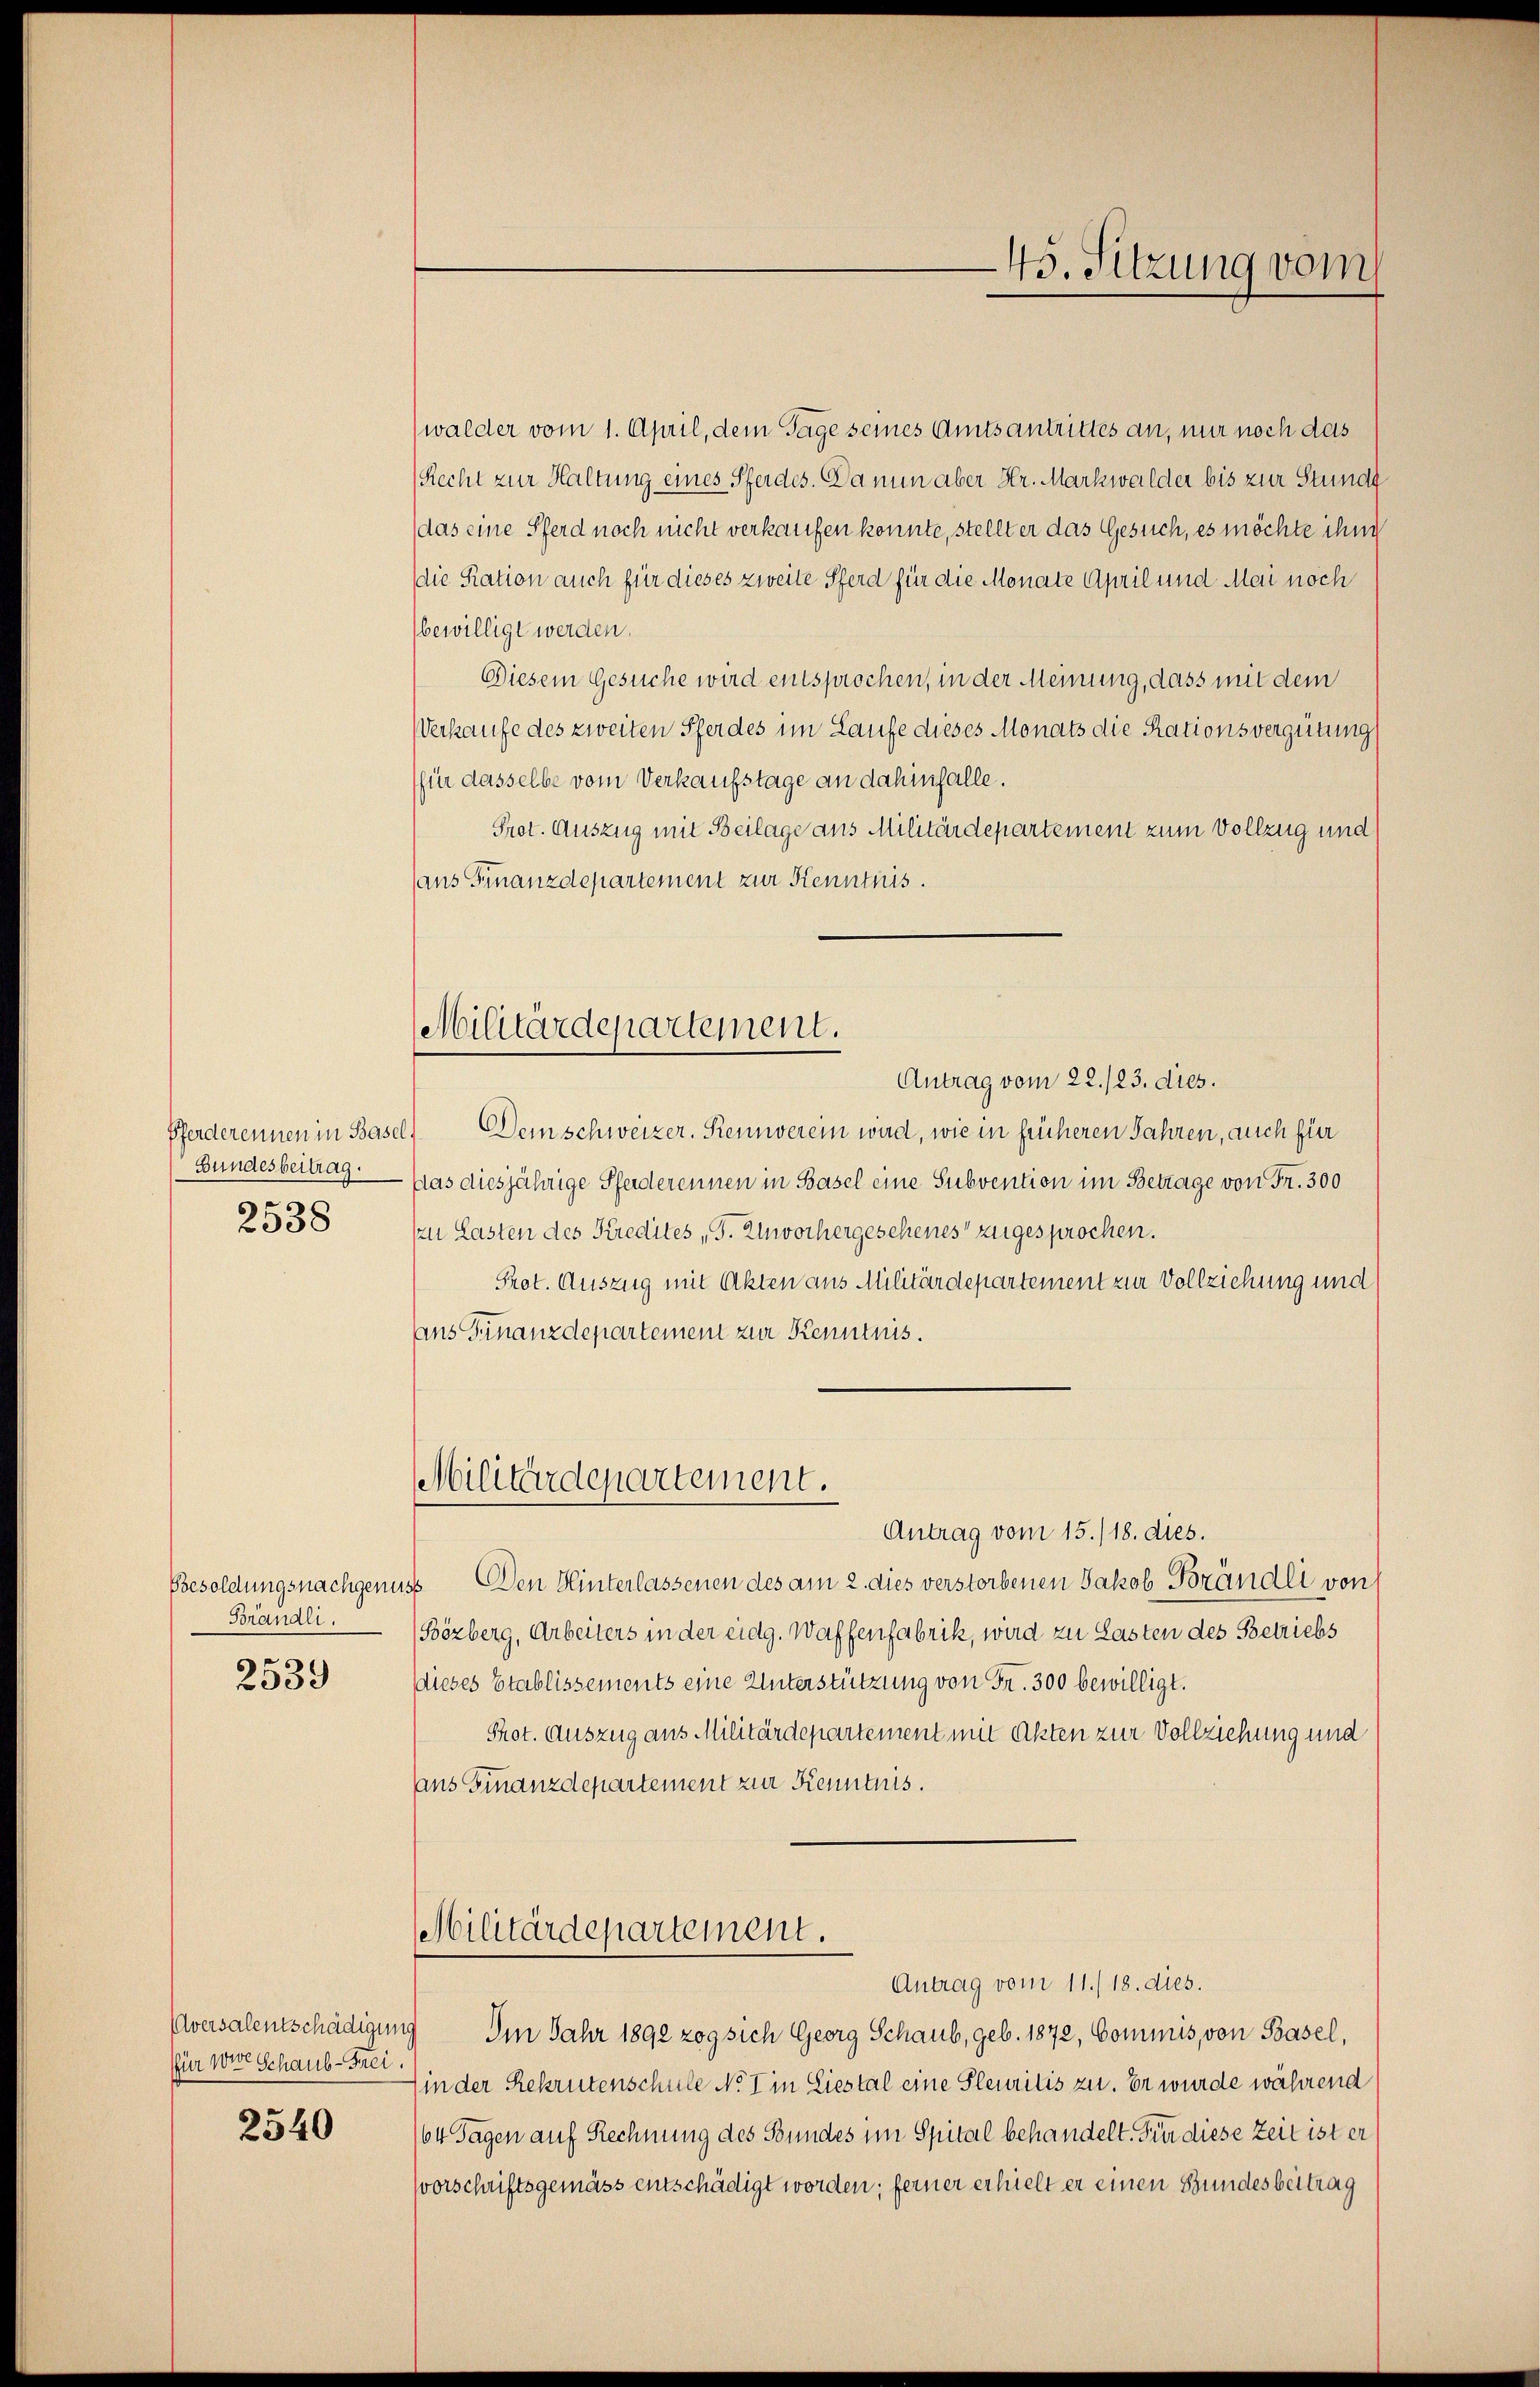
Pferderennen in Basel.
Bundesbeitrag.
2538

Besoldungsnachgenu
Brändli

2539

für wie Schaub-Frei.

2540

Militärdepartement.

45. Sitzung vom

walder vom 1. April, dem Tage seines Amtsantrittes an, nur noch das
(Recht zur Haltung eines Pferdes. Da nun aber Hr. Markwalder bis zur Stunde
das eine Pferd noch nicht verkaufen konnte, stellt er das Gesuch, es möchte ihn
die Ration auch für dieses zweite Pferd für die Monate April und Mai noch
bewilligt werden.
Diesem Gesuche wird entsprochen, in der Meinung, dass mit dem
Verkaufe des zweiten Pferdes im Laufe dieses Monats die Rationsvergütung
(für dasselbe vom Verkaufstage an dahinfalle.
Prot. Auszug mit Beilage aus Militärdepartement zum Vollzug und
(ans Finanzdepartement zur Kenntnis
Antrag vom 22./23. dies.
Dem schweizer. Rennerein wird, wie in früheren Jahren, auch für
das diesjährige Pferderennen in Basel eine Subvention im Betrage von Fr. 300
An Lasten des Kredites „J. Unvorhergeschenes zugesprochen.
Prot. Auszug mit Akten aus Militärdepartement zur Vollziehung und
ans Finanzdeparteien zur Kenntnis.
Militärdepartement.
Antrag vom 15./18. dies.
 Den Hinterlassenen des am 2. dies verstorbenen Jakob Brändli von
Bözberg, Arbeiters in der eidg. Waffenfabrik, wird zu Lasten des Betriebs
Dieses Etablissements eine Unterstützung von Fr. 300 bewilligt.
Prot. Auszug aus Militärdepartement mit Akten zur Vollziehung und
ans Finanzdepartement zur Kenntnis.
Militärdepartement.
Antrag vom 11./18. dies.
Aversalentschädigung Im Jahr 1892 zog sich Georg Schaub, geb. 1872, Commis, von Basel,
(in der Rekrutenschule No I in Liestal eine Steuritis zu. Er wurde während
64 Tagen auf Rechnung des Bundes im Spital behandelt. Für diese Zeit ist er
Vorschriftsgemäss entschädigt worden; ferner erhielt er einen Bundesbeitrag